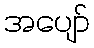
အပျော်